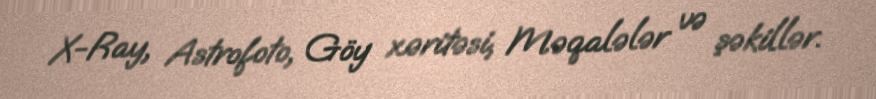
X-Ray, Astrofoto, Göy xəritəsi, Məqalələr və şəkillər.